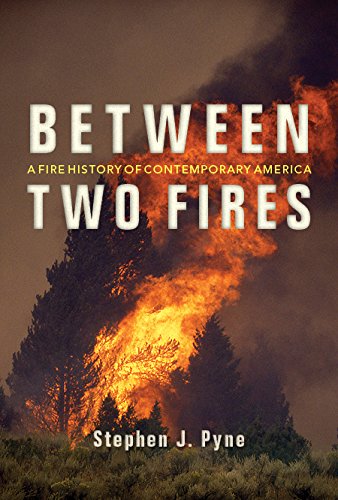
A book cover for Between Two Fires: A Fire History of Contemporary America; Stephen J. Pyne; Science & Math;